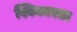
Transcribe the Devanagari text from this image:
स्विकारता